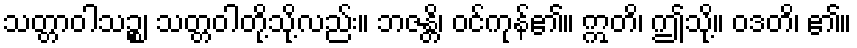
သတ္တာဝါသဉ္စ၊ သတ္တဝါတို့သို့လည်း။ ဘဇန္တိ၊ ဝင်ကုန်၏။ ဣတိ၊ ဤသို့။ ဝဒတိ၊ ၏။